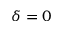
\delta = 0